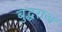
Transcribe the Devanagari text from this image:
बुद्धराज